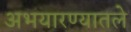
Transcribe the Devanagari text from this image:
अभयारण्यातले